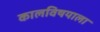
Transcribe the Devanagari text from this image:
कालविषयाला